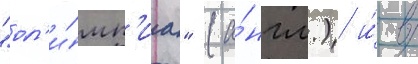
"ол'и́мп'иа" (а́нгл.) и́ в